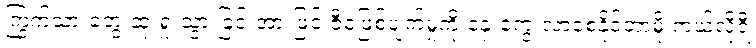
ကြွက်သားတွေ ဆုံးရှုံးသွားခြင်းအားဖြင့် ဇီဝဖြစ်ပျက်မှုကို နှေးကွေးလာစေနိုင်တာမို့ ကယ်လိုရီ